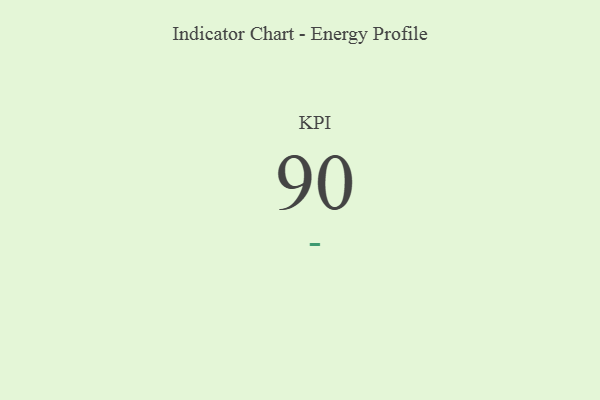
{"axis": {"x": "KPI", "y": "Value"}, "legend": [""], "data": [{"x": "KPI", "y": 90, "type": ""}]}